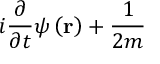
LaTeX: i \frac { \partial } { \partial t } \psi \left( \mathbf { r } \right) + \frac { 1 } { 2 m }